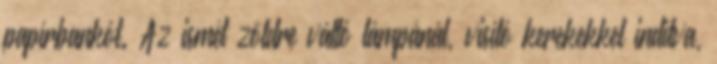
papírbankót. Az ismét zöldre váltó lámpánál, visító kerekekkel indítva,